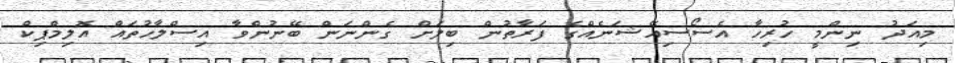
މިއަދު ނިންމީ ހުރިހާ އެސޯސިއޭޝަނެއްގެ ފަރާތުން ބިލަށް ގެންނަން ބޭނުންވާ އިސްލާހުތައް އޮލިމްޕިކް